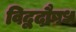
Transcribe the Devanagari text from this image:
विद्वदौषध